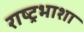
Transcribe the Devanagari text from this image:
राष्ट्रभाशा